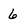
Character: 6